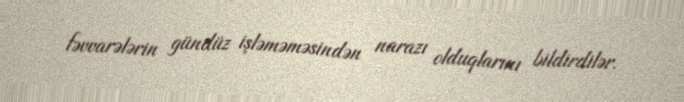
fəvvarələrin gündüz işləməməsindən narazı olduqlarını bildirdilər.